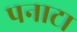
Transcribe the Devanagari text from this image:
पनाटा